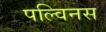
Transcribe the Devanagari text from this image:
पल्विनस